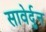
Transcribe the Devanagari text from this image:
सावेर्दुन